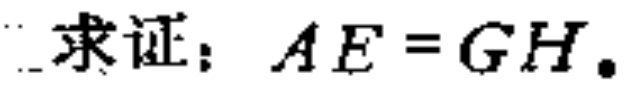
求证：$AE = GH$。